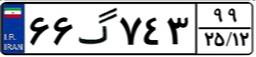
۶۶گ۷۴۳۹۹